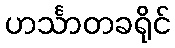
ဟင်္သာတခရိုင်